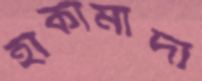
হাকামাদা